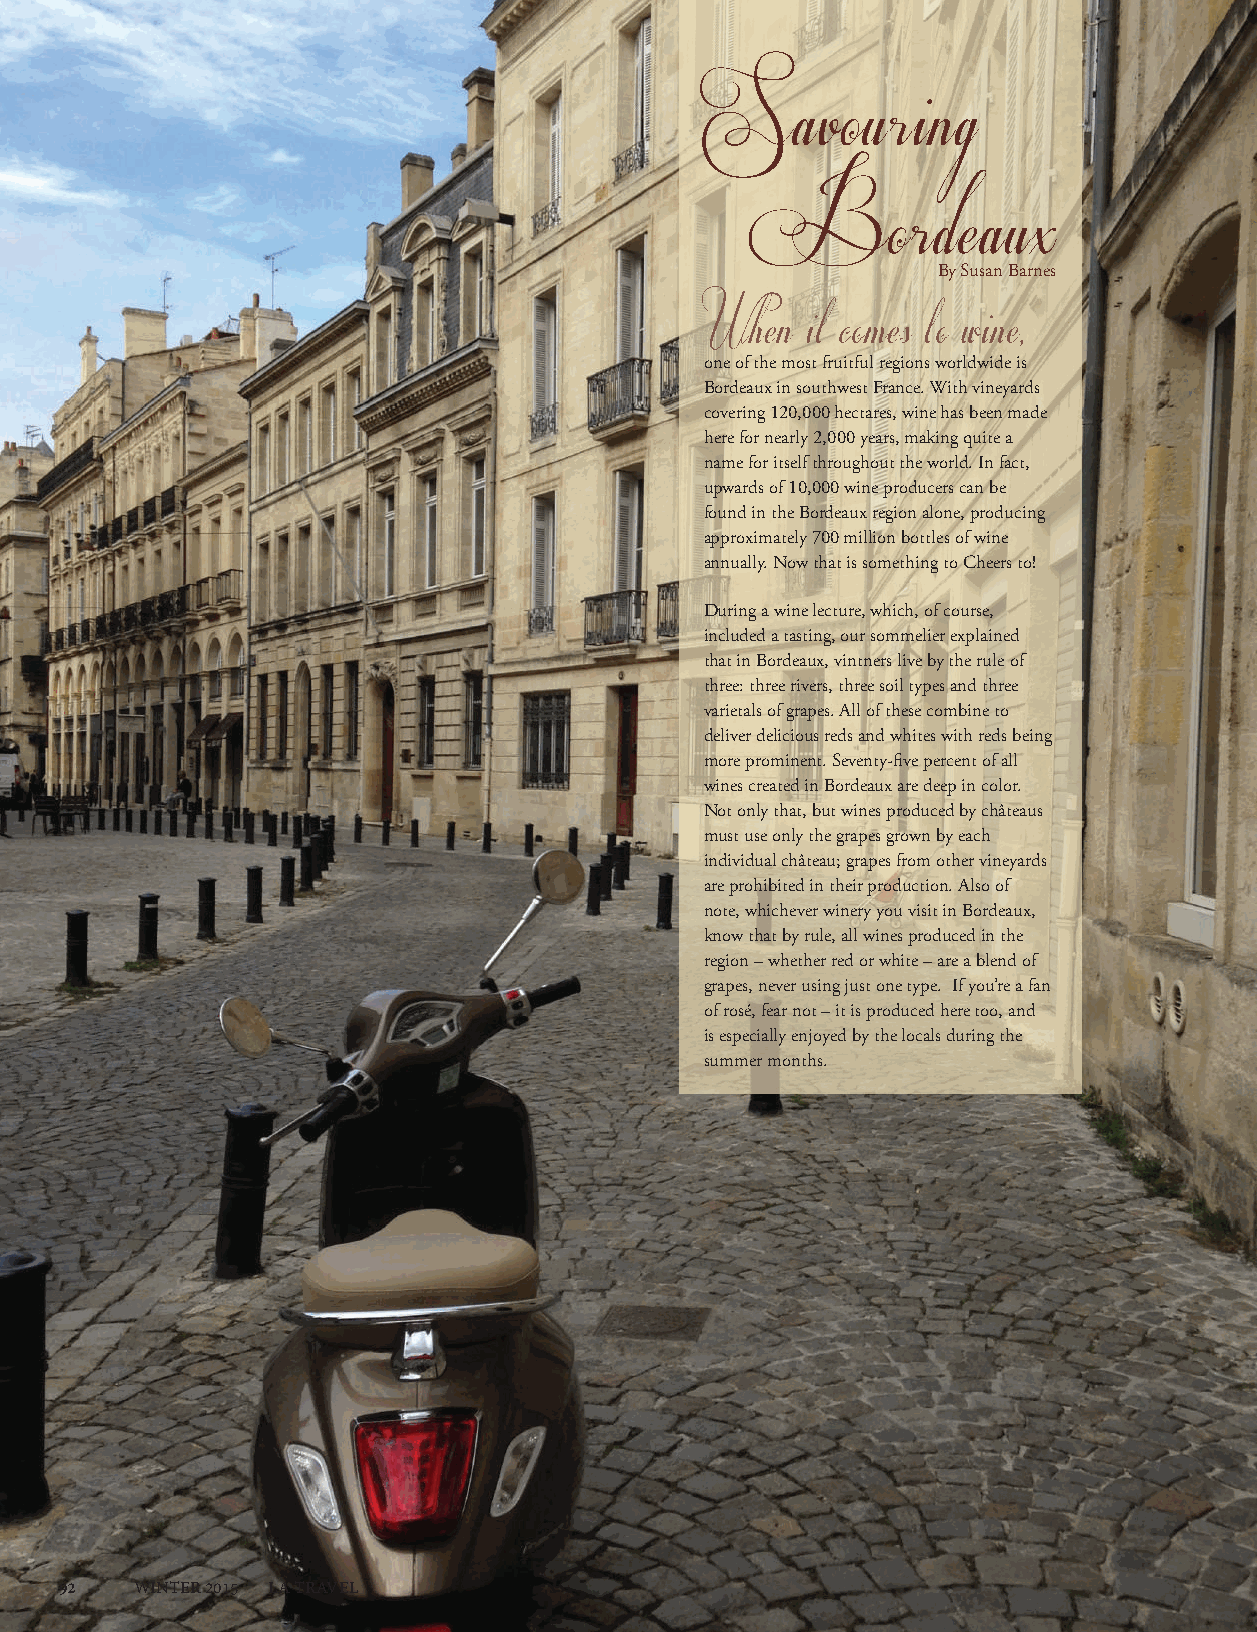
Savouring
 Bordeaux
 By Susan Barnes
 When  it comes to wine,
 one of the most fruitful regions worldwide is
 Bordeaux in southwest France. With vineyards
 covering 120,000 hectares, wine has been made
 here for nearly 2,000 years, making quite a
 name for itself throughout the world. In fact,
 upwards of 10,000 wine producers can be
 found in the Bordeaux region alone, producing
 approximately 700 million bottles of wine
 annually. Now that is something to Cheers to!
 During a wine lecture, which, of course,
 included a tasting, our sommelier explained
 that in Bordeaux, vintners live by the rule of
 three: three rivers, three soil types and three
 varietals of grapes. All of these combine to
 deliver delicious reds and whites with reds being
 more prominent. Seventy-five percent of all
 wines created in Bordeaux are deep in color.
 Not only that, but wines produced by châteaus
 must use only the grapes grown by each
 individual château; grapes from other vineyards
 are prohibited in their production. Also of
 note, whichever winery you visit in Bordeaux,
 know that by rule, all wines produced in the
 region – whether red or white – are a blend of
 grapes, never using just one type. If you’re a fan
 of rosé, fear not – it is produced here too, and
 is especially enjoyed by the locals during the
 summer months.
 92   WINTER 2015 LA TRAVEL